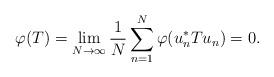
LaTeX: \begin{align*}\varphi(T) = \lim_{N \to \infty} \frac{1}{N} \sum_{n = 1}^N \varphi(u_n^* T u_n) = 0.\end{align*}